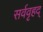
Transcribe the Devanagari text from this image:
सर्ववृहद्